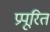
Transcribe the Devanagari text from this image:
प्रपूरित